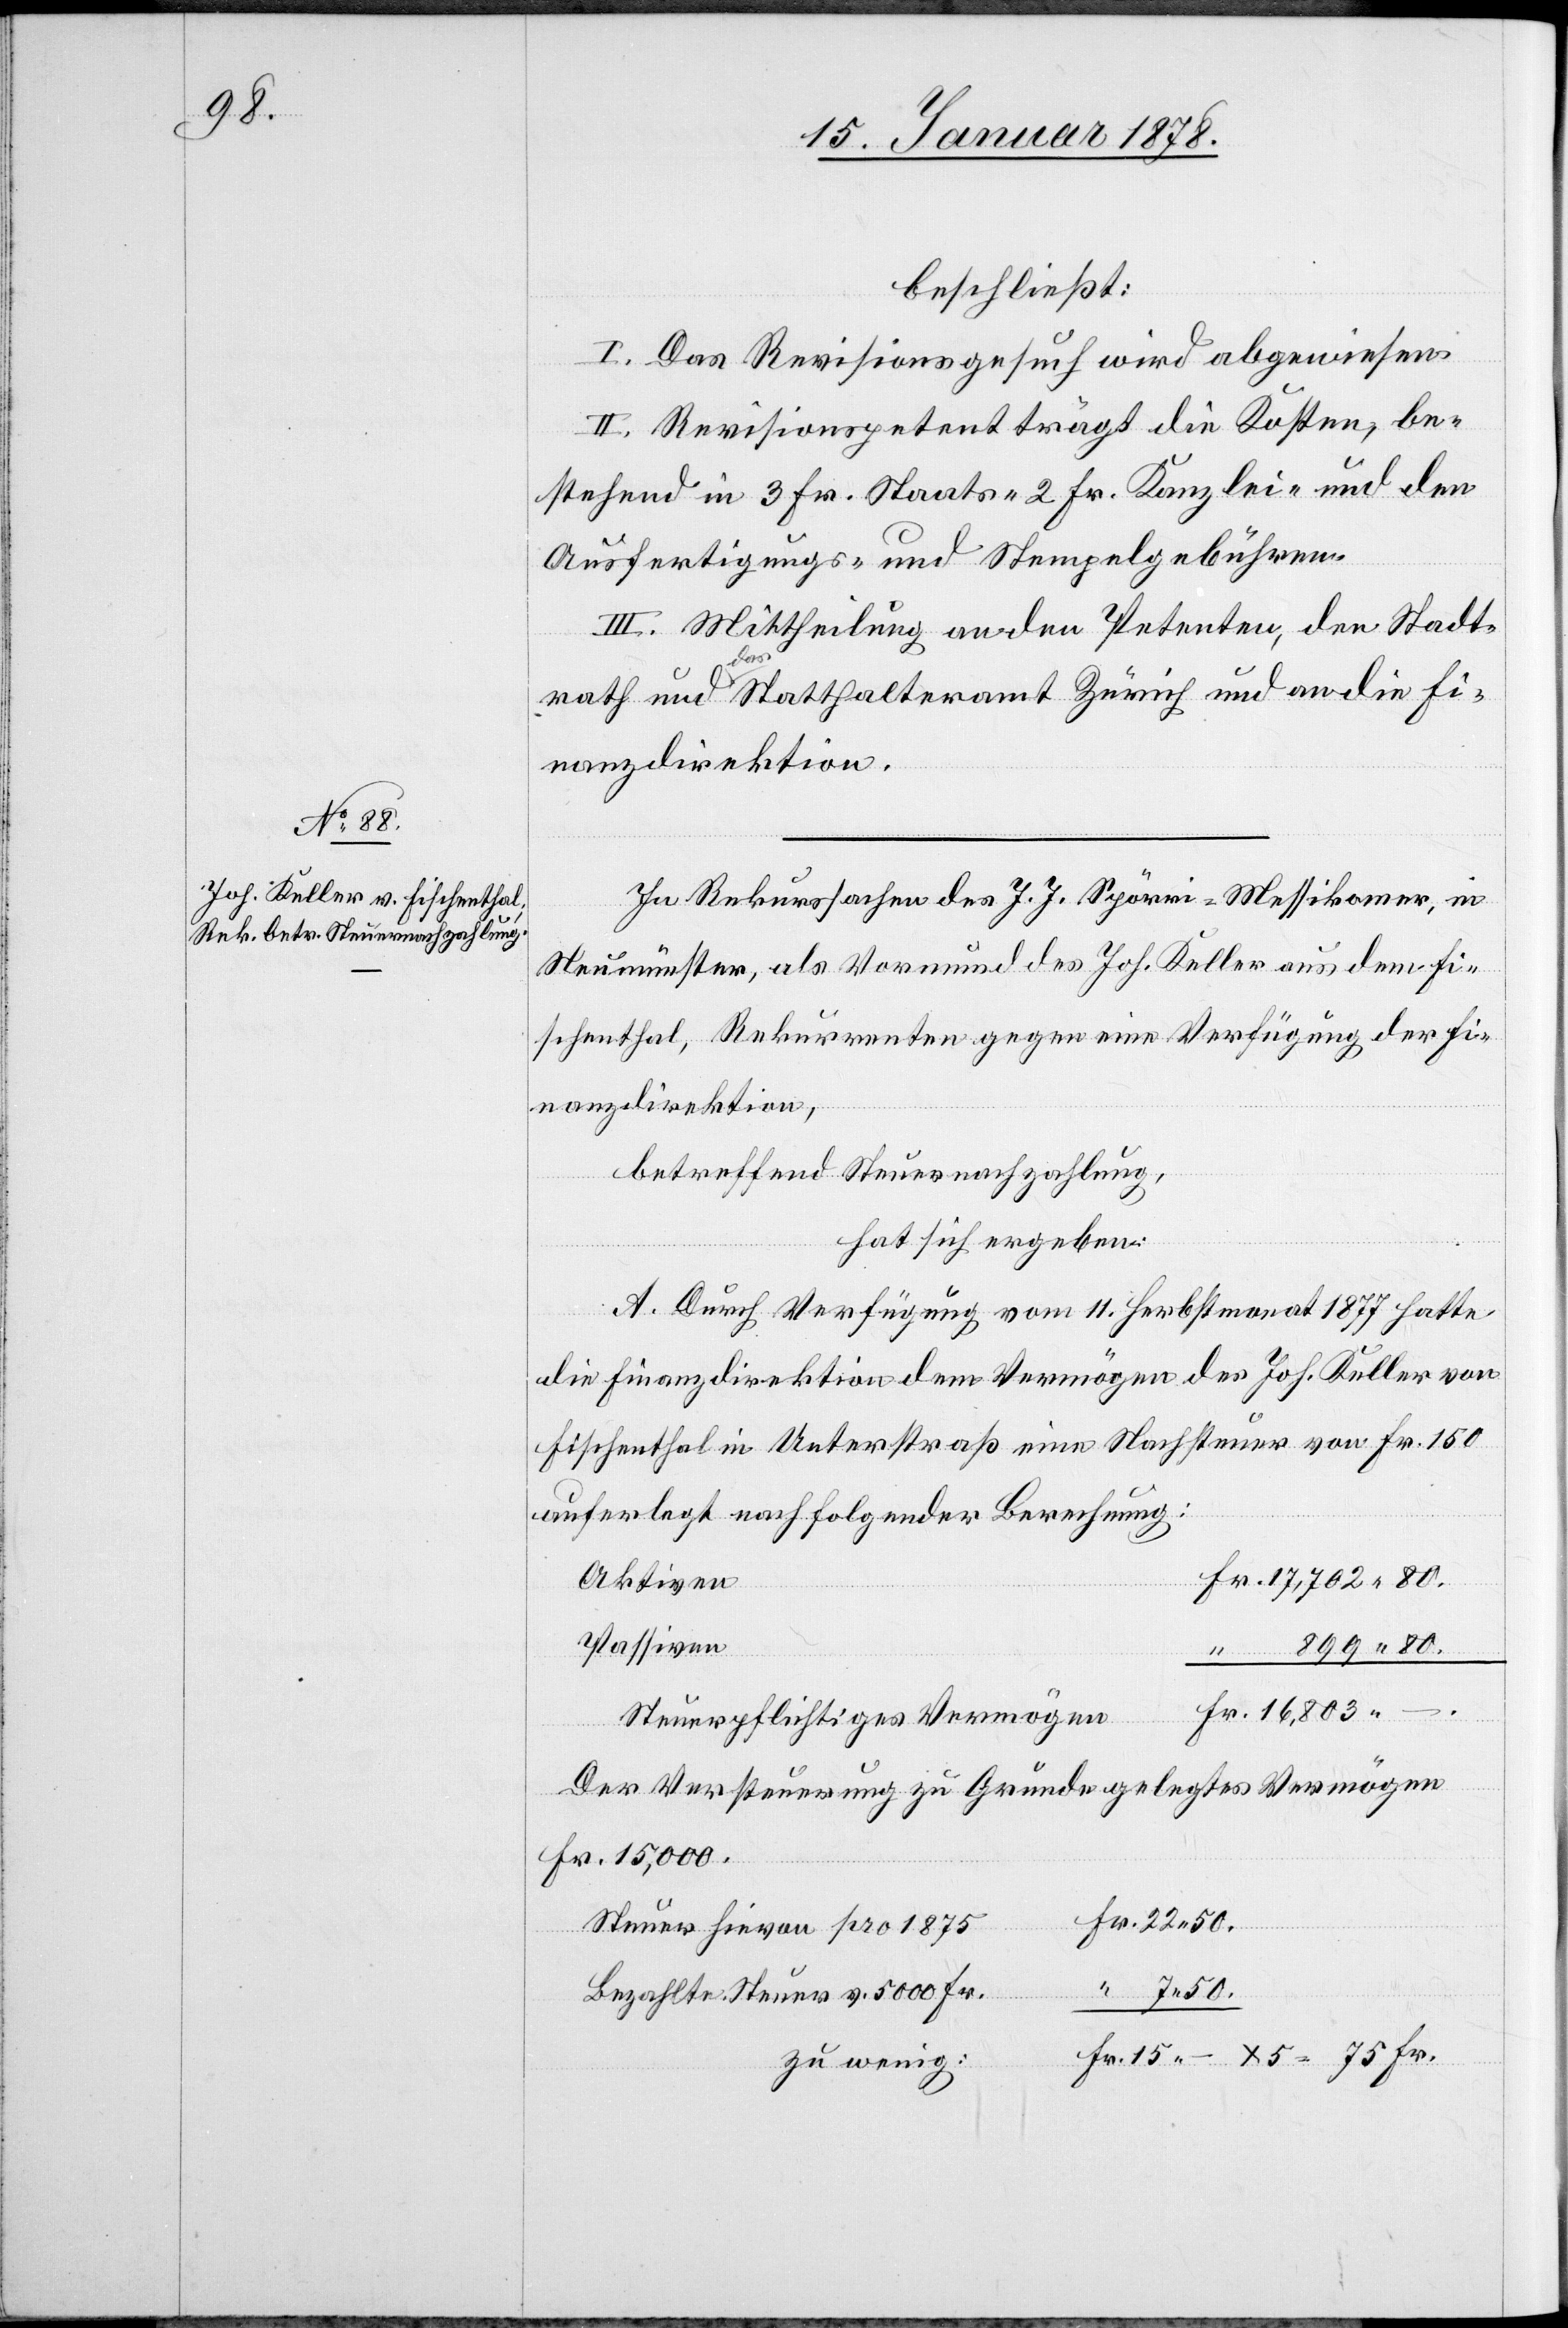
15.

beschließt:
I. Das Revisionsgesuch wird abgewiesen.
II. Revisionspetent trägt die Kosten, be¬
stehend in 3 Fr. Staats-[,] 2 Fr. Kanzlei- und den
Ausfertigungs- und Stempelgebühren.
III. Mittheilung an den Petenten, den Stadt¬
rath und das Statthalteramt Zürich und an die Fi¬
nanzdirektion.
In Rekurssache des J. J. Spörri-Messikomer, in
Neumünster, als Vormund des Joh. Keller aus dem Fi¬
schenthal, Rekurrenten gegen eine Verfügung der Fi¬
nanzdirektion,
betreffend Steuernachzahlung,
hat sich ergeben:
Fr.
A. Durch Verfügung vom 11. Herbstmonat 1877 hatte
die Finanzdirektion dem Vermögen des Joh. Keller von
Fischenthal in Unterstraß eine Nachsteuer von Fr. 150
auferlegt nach folgender Berechnung:
Aktiven
Passiven
Steuerpflichtiges Vermögen
Der Versteuerung zu Grunde gelegtes Vermögen
Fr. 15,000.
Steuer hievon pro 1875
Bezahlte Steuer v. 5000 Fr.
zu wenig:

7.